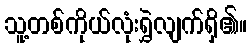
သူ့တစ်ကိုယ်လုံးရွှဲလျက်ရှိ၏။